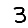
Digit: 3